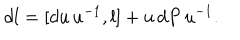
LaTeX: d l = [ d u \, u ^ { - 1 } , l ] + u \, d P \, u ^ { - 1 } . \; \;